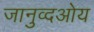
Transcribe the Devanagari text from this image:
जानुव्दओय